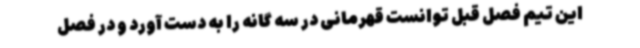
این تیم فصل قبل توانست قهرمانی در سه گانه را به دست آورد و در فصل